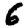
Digit: 6